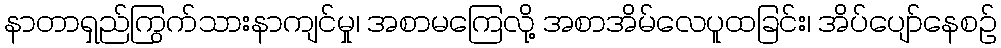
နာတာရှည်ကြွက်သားနာကျင်မှု၊ အစာမကြေလို့ အစာအိမ်လေပူထခြင်း၊ အိပ်ပျော်နေစဉ်